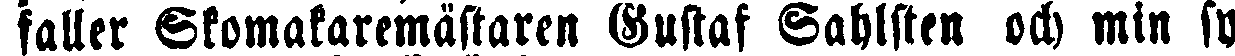
faller Skomakaremästaren Gustaf Sahlsten och min sy